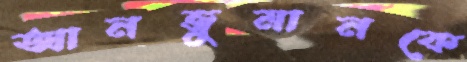
আনজুমানকে